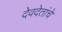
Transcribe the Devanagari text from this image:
देवदेतांचे